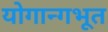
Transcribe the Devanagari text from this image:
योगान्गभूत